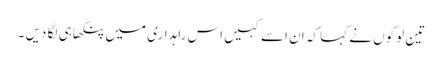
تین لوگوں نے کہا کہ ان اسے کہیں اس راہداری میں پنکھا ہی لگا دیں ۔